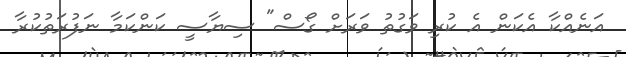
އަނެއްކާ އެކަން އެ ކުރި ވަގުތު ވަރަށް ގޯސް" ސިޔާސީ ކަންކަމާ ނަފުރަތުކުރާ